Madras plague regulations and rules - Volume 1
Disease focus: Plague
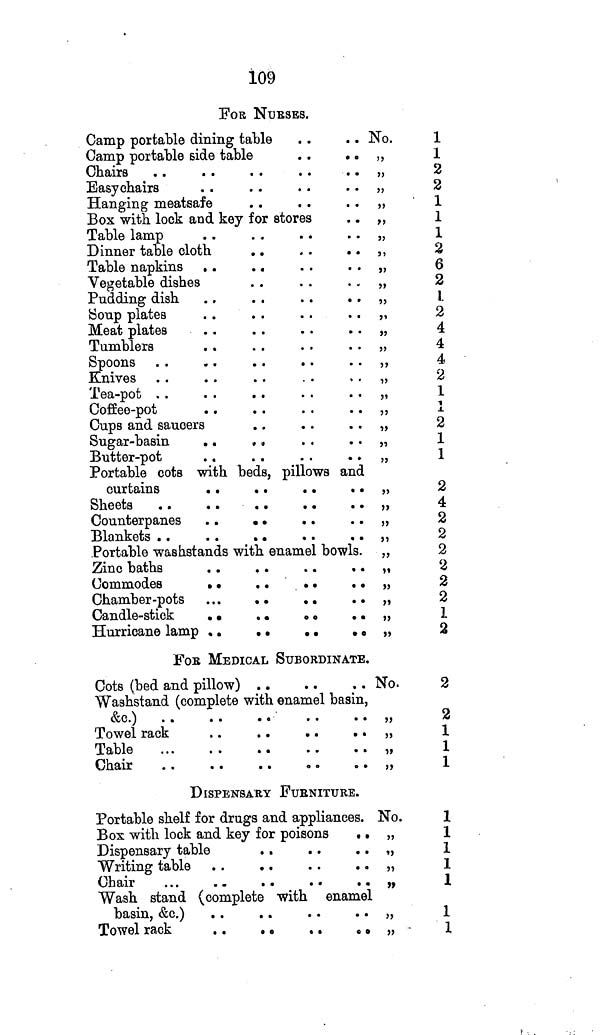
109
FOR NURSES.
Camp portable dining table
Camp portable side table
. .
. .
Chairs
Easychairs
Hanging meatsafe
Box with lock and key for stores
Table lamp
Dinner table cloth
. .
. .
. .
Table napkins . .
Vegetable dishes
Pudding dish
Soup plates
Meat plates
Tumblers
Spoons
Knives
Tea-pot
Coffee-pot
Cups and saucers
Sugar-basin
. . . .
Butter-pot
Portable cots with beds, pillows and
curtains
. .
. .
. .
Sheets
. .
. .
. .
. .
. .
Counterpanes . .
. .
. .
Blankets
Portable washstands with enamel bowls.
Zinc baths
. .
. .
. . . .
Commodes
. .
....
Chamber-pots
..
Candle-stick
. .
. . . . . .
Hurricane lamp . .
. .
. .
. .
FOB MEDICAL SUBORDINATE,
Cots (bed and pillow)
Washstand (complete with enamel basin,
&c.)
Towel rack
Table
Chair
DISPENSARY FURNITURE.
Portable shelf for drugs and appliances.
Box with lock and key for poisons . .
Dispensary table
Writing table
Chair
Wash stand (complete with enamel
basin, &c.)
Towel rack
. .
. . . . . .
No.
,,
,,
,,
,,
,,
,,
,,
,,
,,
,,
,,
,,
,,
,,
,,
,,
,,
,,
,,
,,
,,
,,
,,
,,
,,
,,
,,
,,
,,
,,
No.
,,
,,
,,
,,
No.
,,
,,
,,
,,
,,
,,
1
1
2
2
1
1
1
2
6
2
1
2
4
4
4
2
1
1
2
1
1
2
4
2
2
2
2
2
2
1
2
2
2
1
1
1
1
1
1
1
1
1
1